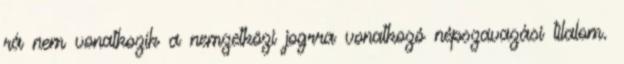
rá nem vonatkozik a nemzetközi jogrra vonatkozó népszavazási tilalom.